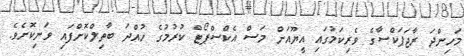
މަހިންދަ ރާޖަޕަކްސާގެ ވެރިކަމުގައި އީޔޫއަށް މަސް އެކްސްޕޯޓް ކުރުމުގެ ހުއްދަ ބާތިލްކޮށްފައި ވަނިކޮށެވެ.